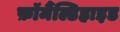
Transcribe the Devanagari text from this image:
फ़ॉर्मैल्डिहाइड